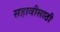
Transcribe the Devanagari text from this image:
सहावीसाठी